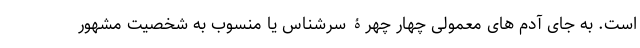
است. به جای آدم های معمولی چهار چهرۀ سرشناس یا منسوب به شخصیت مشهور